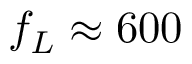
f _ { L } \approx 6 0 0